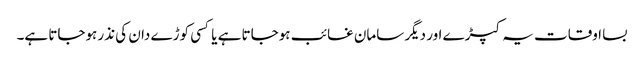
بسا اوقات یہ کپڑے اور دیگر سامان غائب ہوجاتا ہے یا کسی کوڑے دان کی نذر ہوجاتا ہے۔